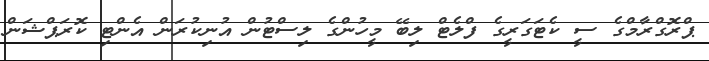
ޕްރޮގްރާމްގެ ސީ ކެޓަގަރީގެ ފްލެޓް ލިބޭ މީހުންގެ ލިސްޓުން އުނިކުރަން އެންޓި ކޮރަޕްޝަން